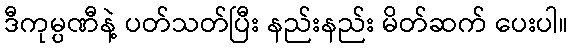
ဒီကုမ္ပဏီနဲ့ ပတ်သတ်ပြီး နည်းနည်း မိတ်ဆက် ပေးပါ။